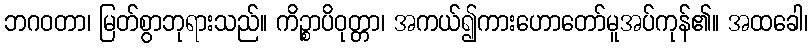
ဘဂဝတာ၊ မြတ်စွာဘုရားသည်။ ကိဉ္စာပိဝုတ္တာ၊ အကယ်၍ကားဟောတော်မူအပ်ကုန်၏။ အထခေါ၊